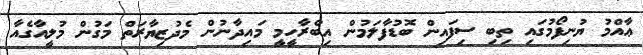
ޢާއްމު ޔުނިފޯމުގައި ތިބި ސިފައިން ބޮޑުފާލަމުން އިބްރާހީމީ މައިދާނުން މެދުޒިޔާރަތް މަގުން މުލީއާގެއާ